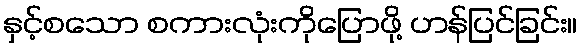
နှင့်စသော စကားလုံးကိုပြောဖို့ ဟန်ပြင်ခြင်း။